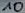
Text: 10